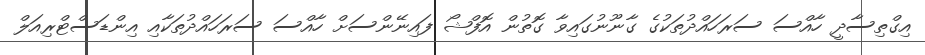
އިގްތިސާދީ ހާއްސަ ސަރަހައްދުތަކުގެ ގާނޫނުގައިވާ ގޮތުން އޮފްޝޯ ފައިނޭންސަށް ހާއްސަ ސަރަހައްދުތަކާއި އިންޑަސްޓްރިއަލް